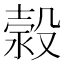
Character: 𣹬